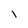
Character: 1